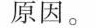
原因。